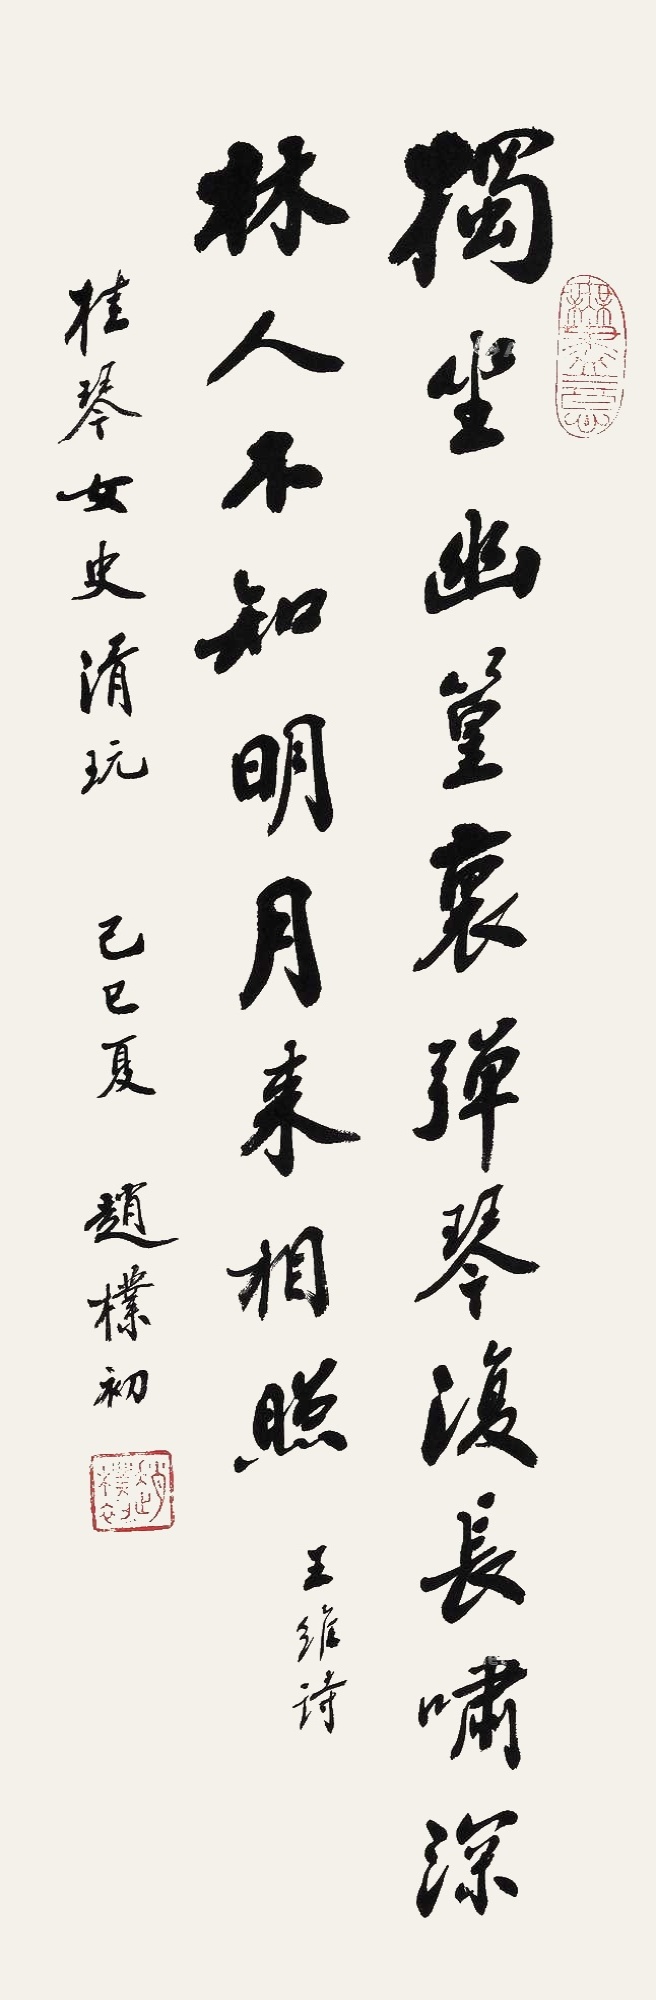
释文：独坐幽篁里，弹琴复长啸。深林人不知，明月来相照。桂琴女史清玩。王维诗。己巳夏，赵朴初。